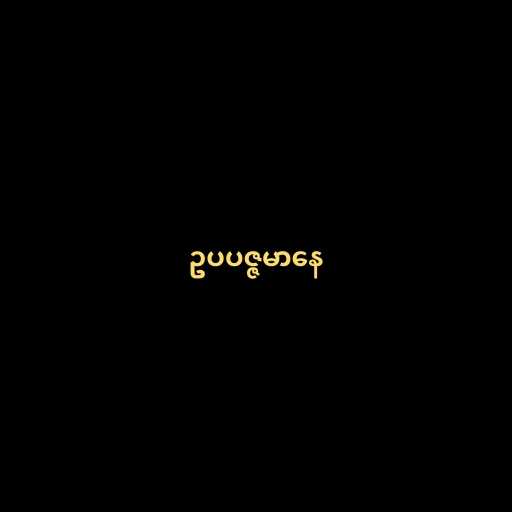
ဥပပဇ္ဇမာနေ